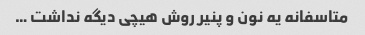
متاسفانه یه نون و پنیر روش هیچی دیگه نداشت …